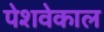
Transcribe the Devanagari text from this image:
पेशवेकाल